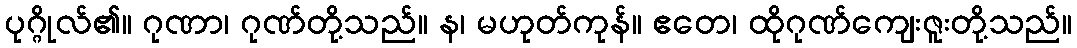
ပုဂ္ဂိုလ်၏။ ဂုဏာ၊ ဂုဏ်တို့သည်။ န၊ မဟုတ်ကုန်။ ဧတေ၊ ထိုဂုဏ်ကျေးဇူးတို့သည်။